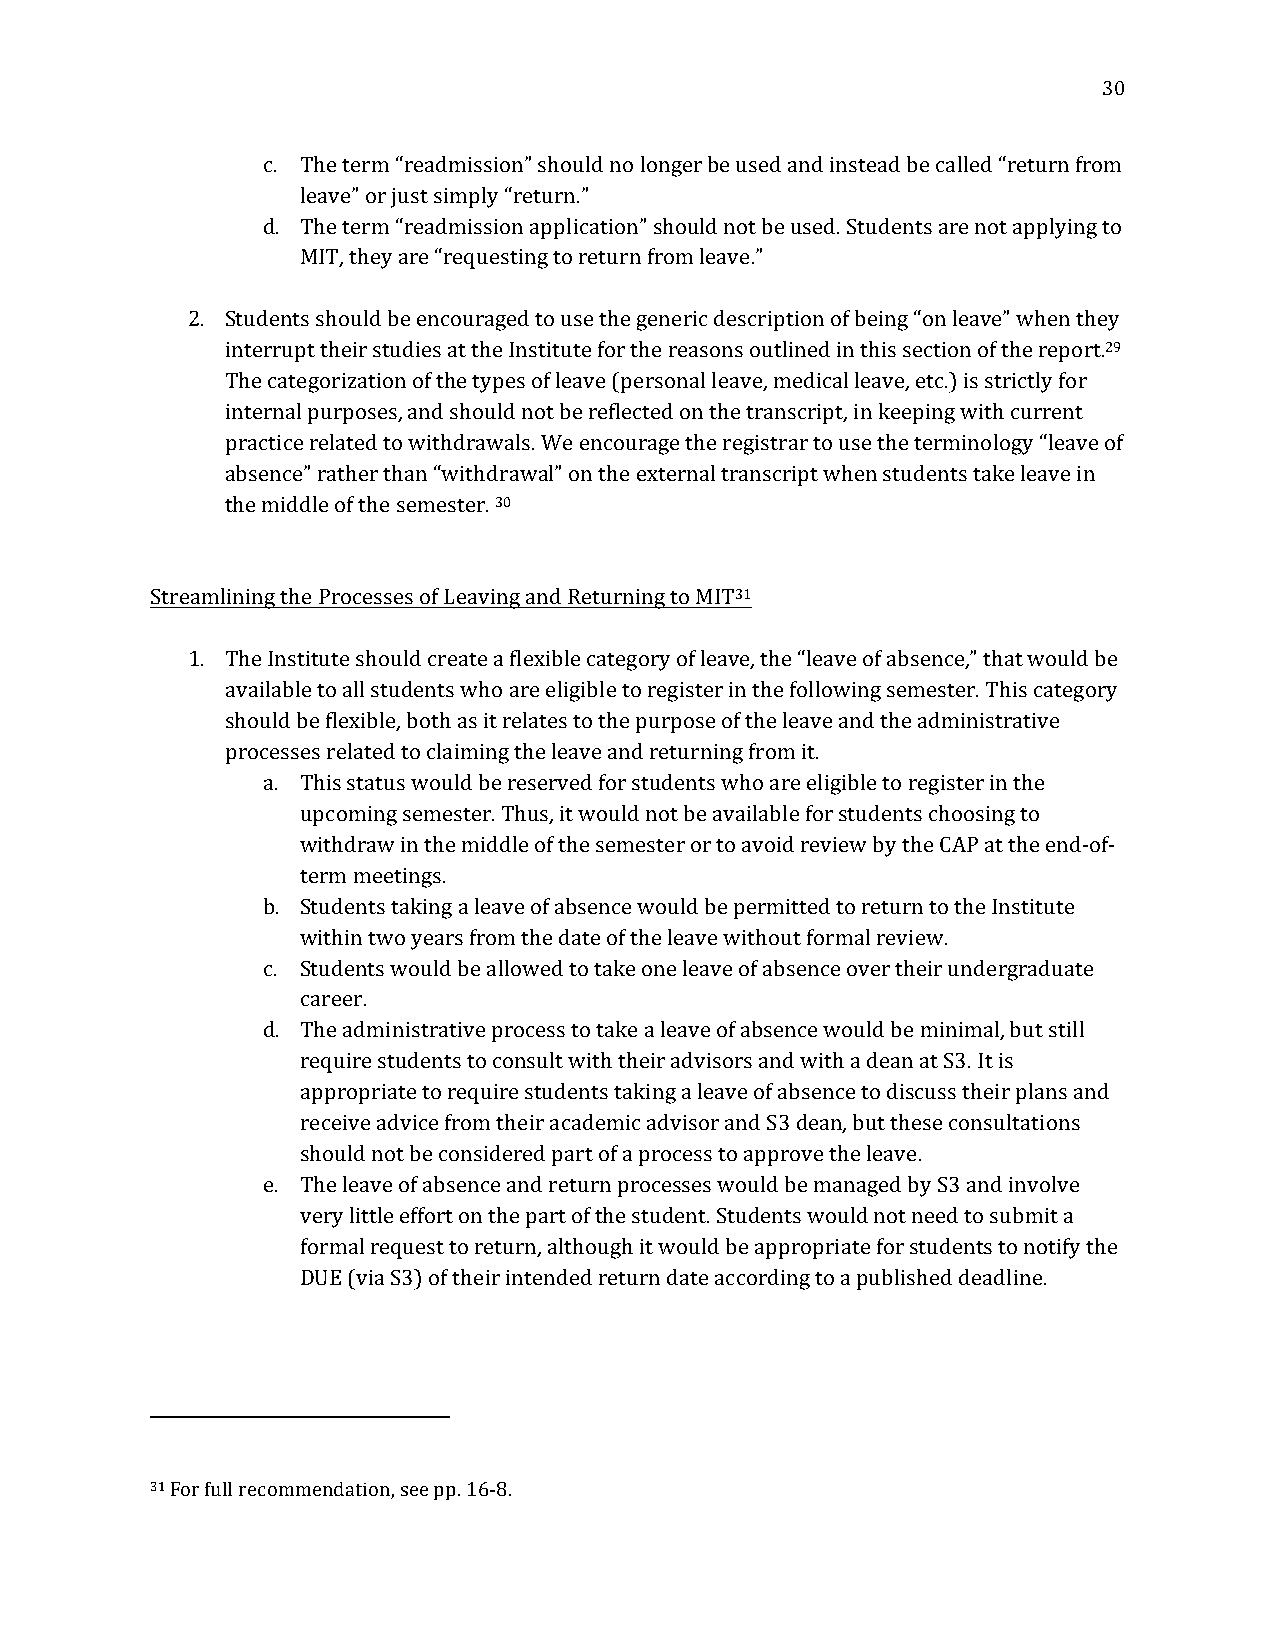
30
 c. The term “readmission” should no longer be used and instead be called “return from
 leave” or just simply “return.”
 d. The term “readmission application” should not be used. Students are not applying to
 MIT, they are “requesting to return from leave.”
 2. Students should be encouraged to use the generic description of being “on leave” when they
 interrupt their studies at the Institute for the reasons outlined in this section of the report.29
 The categorization of the types of leave (personal leave, medical leave, etc.) is strictly for
 internal purposes, and should not be reflected on the transcript, in keeping with current
 practice related to withdrawals. We encourage the registrar to use the terminology “leave of
 absence” rather than “withdrawal” on the external transcript when students take leave in
 the middle of the semester. 30
 Streamlining the Processes of Leaving and Returning to MIT31
 1. The Institute should create a flexible category of leave, the “leave of absence,” that would be
 available to all students who are eligible to register in the following semester. This category
 should be flexible, both as it relates to the purpose of the leave and the administrative
 processes related to claiming the leave and returning from it.
 a. This status would be reserved for students who are eligible to register in the
 upcoming semester. Thus, it would not be available for students choosing to
 withdraw in the middle of the semester or to avoid review by the CAP at the end-of-
 term meetings.
 b. Students taking a leave of absence would be permitted to return to the Institute
 within two years from the date of the leave without formal review.
 c. Students would be allowed to take one leave of absence over their undergraduate
 career.
 d. The administrative process to take a leave of absence would be minimal, but still
 require students to consult with their advisors and with a dean at S3. It is
 appropriate to require students taking a leave of absence to discuss their plans and
 receive advice from their academic advisor and S3 dean, but these consultations
 should not be considered part of a process to approve the leave.
 e. The leave of absence and return processes would be managed by S3 and involve
 very little effort on the part of the student. Students would not need to submit a
 formal request to return, although it would be appropriate for students to notify the
 DUE (via S3) of their intended return date according to a published deadline.
 31 For full recommendation, see pp. 16-8.